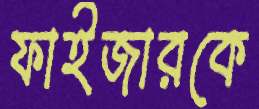
ফাইজারকে